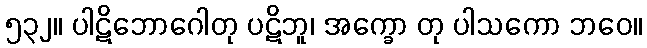
၅၃၂။ ပါဋိဘောဂေါတု ပဋိဘူ၊ အက္ခော တု ပါသကော ဘဝေ။